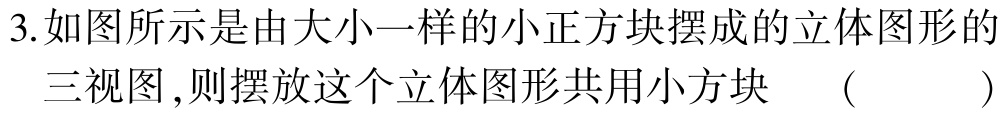
3.如图所示是由大小一样的小正方块摆成的立体图形的
   三视图,则摆放这个立体图形共用小方块  （  ）